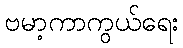
ဗမာ့ကာကွယ်ရေး